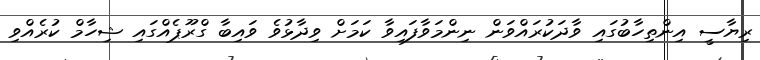
ރިޔާސީ އިންތިހާބުގައި ވާދަކުރައްވަން ނިންމަވާފައިވާ ކަމަށް ވިދާޅުވެ ވައިބާ ގްރޫޕެއްގައި ޝިހާމް ކުރެއްވި